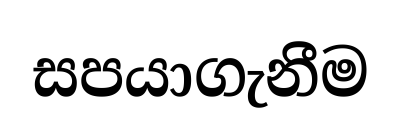
සපයාගැනීම